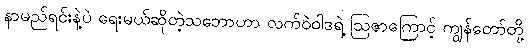
နာမည်ရင်းနဲ့ပဲ ရေးမယ်ဆိုတဲ့သဘောဟာ လက်ဝဲဝါဒရဲ့ ဩဇာကြောင့် ကျွန်တော်တို့